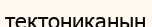
тектониканың